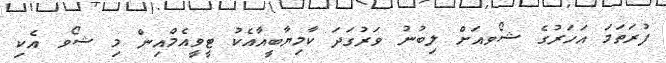
ފުރަތަމަ އަހަރުގެ ޝޯވއަށް ލިބުނު ވަރުގަދަ ކާމިޔާބީއާއެކު ޓީވީއެމްއިން މި ޝޯވ އެކި